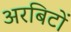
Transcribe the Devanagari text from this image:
अरबिटों